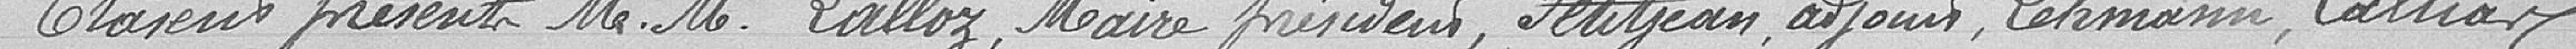
Étaient présents Messieurs Lalloz, Maire présent, Petitjean, adjoint, Lehmann, Callioz,